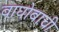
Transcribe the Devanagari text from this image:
वाघोबाची